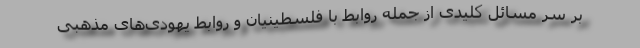
بر سر مسائل کلیدی از جمله روابط با فلسطینیان و روابط یهودی‌های مذهبی